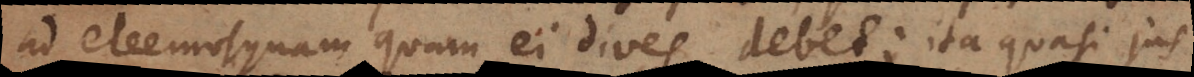
ad eleemosynam quam ei dives debet; ita quasi jus